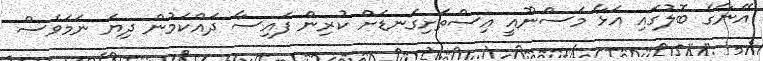
އޭނާގެ ބޮލުގައި އަޅާ މަސްނޫއީ އިސްތަށިގަނޑަށް ކުރިން ފައިސާ ދައްކަމުން ދިޔަ ނަމަވެސް